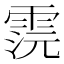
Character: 𩂷